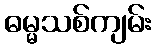
ဓမ္မသစ်ကျမ်း